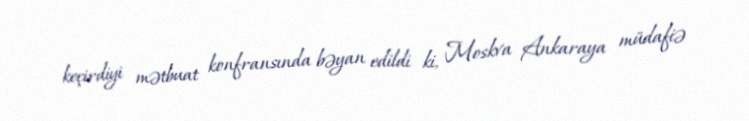
keçirdiyi mətbuat konfransında bəyan edildi ki, Moskva Ankaraya müdafiə